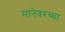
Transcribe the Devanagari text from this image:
मानेवरच्या